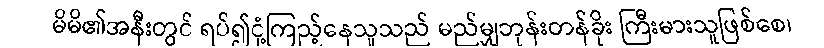
မိမိ၏အနီးတွင် ရပ်၍ငုံ့ကြည့်နေသူသည် မည်မျှဘုန်းတန်ခိုး ကြီးမားသူဖြစ်စေ၊